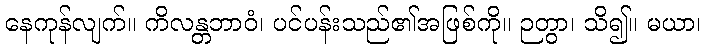
နေကုန်လျက်။ ကိလန္တဘာဝံ၊ ပင်ပန်းသည်၏အဖြစ်ကို။ ဉတွာ၊ သိ၍။ မယာ၊